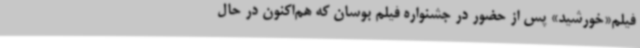
فیلم«خورشید» پس از حضور در جشنواره فیلم بوسان که هم‌اکنون در حال